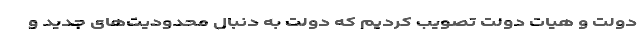
دولت و هیات دولت تصویب کردیم که دولت به دنبال محدودیت‌های جدید و